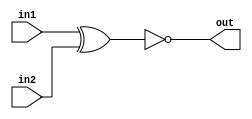
module myxnor(in1,in2,out);
input in1,in2;
output out;
assign out= ~((in1)^(in2));
endmodule